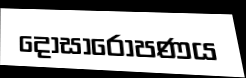
දෝසාරෝපණය